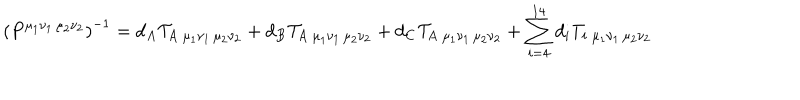
\left( P ^ { \mu _ { 1 } \nu _ { 1 } \, \mu _ { 2 } \nu _ { 2 } } \right) ^ { - 1 } = d _ { A } { \cal T } _ { A \; { \mu _ { 1 } \nu _ { 1 } \, \mu _ { 2 } \nu _ { 2 } } } + d _ { B } { \cal T } _ { A \; { \mu _ { 1 } \nu _ { 1 } \, \mu _ { 2 } \nu _ { 2 } } } + d _ { C } { \cal T } _ { A \; { \mu _ { 1 } \nu _ { 1 } \, \mu _ { 2 } \nu _ { 2 } } } + \sum _ { i = 4 } ^ { 1 4 } d _ { i } T _ { i \; { \mu _ { 1 } \nu _ { 1 } \, \mu _ { 2 } \nu _ { 2 } } }